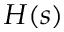
H ( s )